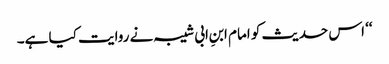
‘‘ اس حدیث کو امام ابنِ ابی شیبہ نے روایت کیا ہے۔